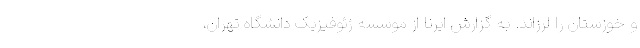
و خوزستان را لرزاند. به گزارش ایرنا از موسسه ژئوفیزیک‌ دانشگاه تهران،